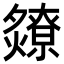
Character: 𬋘